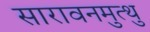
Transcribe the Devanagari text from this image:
सारावनमुत्थु